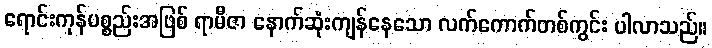
ရောင်းကုန်ပစ္စည်းအဖြစ် ရာမီဇာ နောက်ဆုံးကျန်နေသော လက်ကောက်တစ်ကွင်း ပါလာသည်။